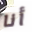
أنا